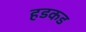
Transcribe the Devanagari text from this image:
हडकड